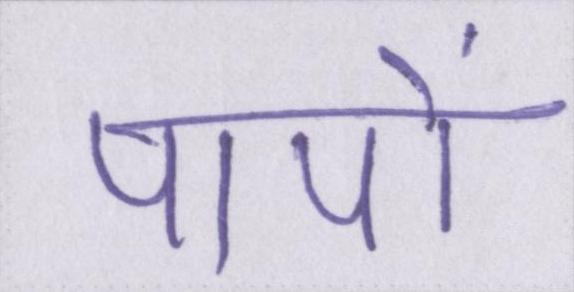
पापों